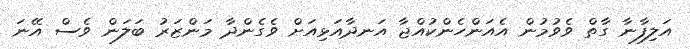
އަލިފާނާ ގާތް ވެވުމުން އެއަންހެންކުއްޖާ އަނދާއަޅިއަށް ވެގެންދާ މަންޒަރު ބަލަން ވެސް އޭނަ